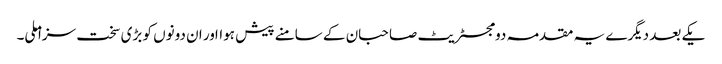
یکے بعد دیگرے یہ مقدمہ دو مجسٹریٹ صاحبان کے سامنے پیش ہوااور ان دونوں کو بڑی سخت سزا ملی۔